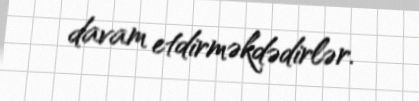
davam etdirməkdədirlər.